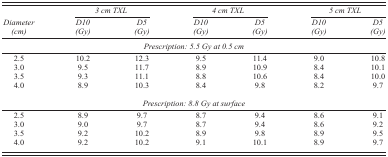
<table><thead><tr><td></td><td colspan="2"><b><i>3 cm TXL</i></b></td><td colspan="2"><b><i>4 cm TXL</i></b></td><td colspan="2"><b><i>5 cm TXL</i></b></td></tr><tr><td><b><i>Diameter (cm)</i></b></td><td><b><i>D10 (Gy)</i></b></td><td><b><i>D5 (Gy)</i></b></td><td><b><i>D10 (Gy)</i></b></td><td><b><i>D5 (Gy)</i></b></td><td><b><i>D10 (Gy)</i></b></td><td><b><i>D5 (Gy)</i></b></td></tr></thead><tbody><tr><td colspan="7"><i>Prescription: 5.5 Gy at 0.5 cm</i></td></tr><tr><td>2.5</td><td>10.2</td><td>12.3</td><td>9.5</td><td>11.4</td><td>9.0</td><td>10.8</td></tr><tr><td>3.0</td><td>9.5</td><td>11.7</td><td>8.9</td><td>10.9</td><td>8.4</td><td>10.1</td></tr><tr><td>3.5</td><td>9.3</td><td>11.1</td><td>8.8</td><td>10.6</td><td>8.4</td><td>10.0</td></tr><tr><td>4.0</td><td>8.9</td><td>10.3</td><td>8.4</td><td>9.8</td><td>8.2</td><td>9.7</td></tr><tr><td colspan="7"><i>Prescription: 8.8 Gy at surface</i></td></tr><tr><td>2.5</td><td>8.9</td><td>9.7</td><td>8.7</td><td>9.4</td><td>8.6</td><td>9.1</td></tr><tr><td>3.0</td><td>9.0</td><td>9.7</td><td>8.7</td><td>9.4</td><td>8.6</td><td>9.2</td></tr><tr><td>3.5</td><td>9.2</td><td>10.2</td><td>8.9</td><td>9.8</td><td>8.9</td><td>9.5</td></tr><tr><td>4.0</td><td>9.2</td><td>10.2</td><td>9.1</td><td>10.1</td><td>8.9</td><td>9.7</td></tr></tbody></table>